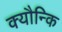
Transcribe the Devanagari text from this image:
क्यौन्कि